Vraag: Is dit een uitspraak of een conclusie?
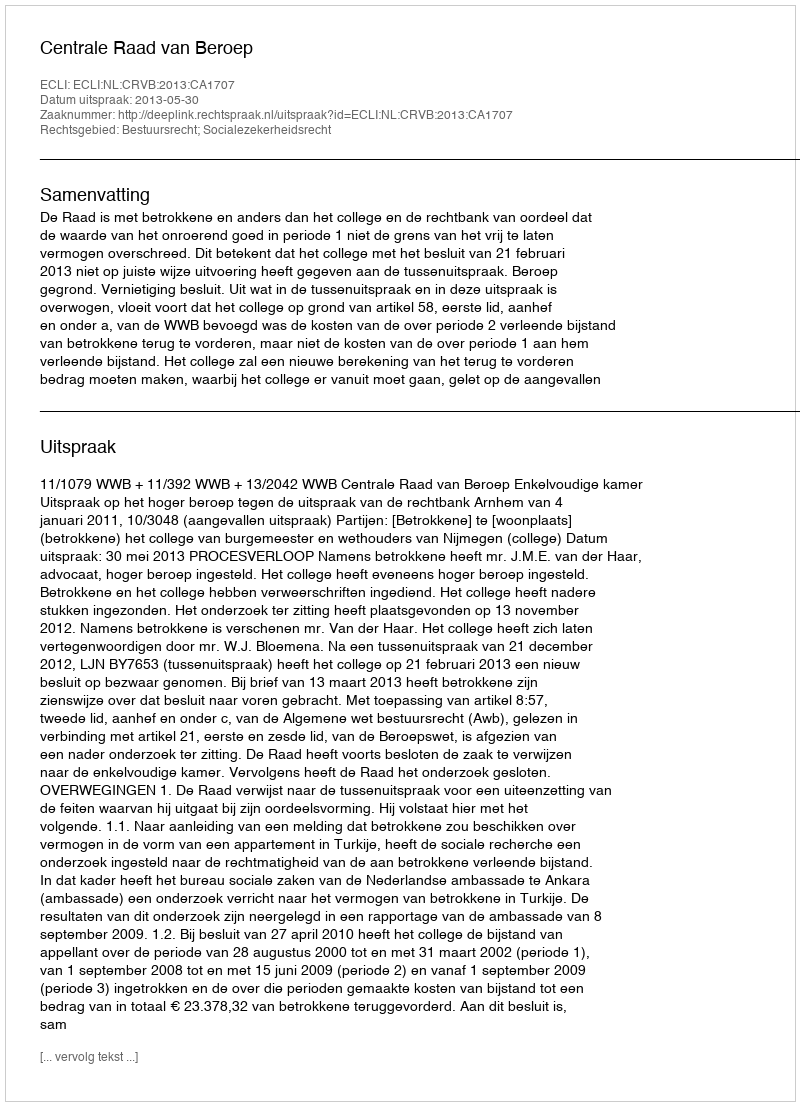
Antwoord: Uitspraak